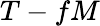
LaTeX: T-fM